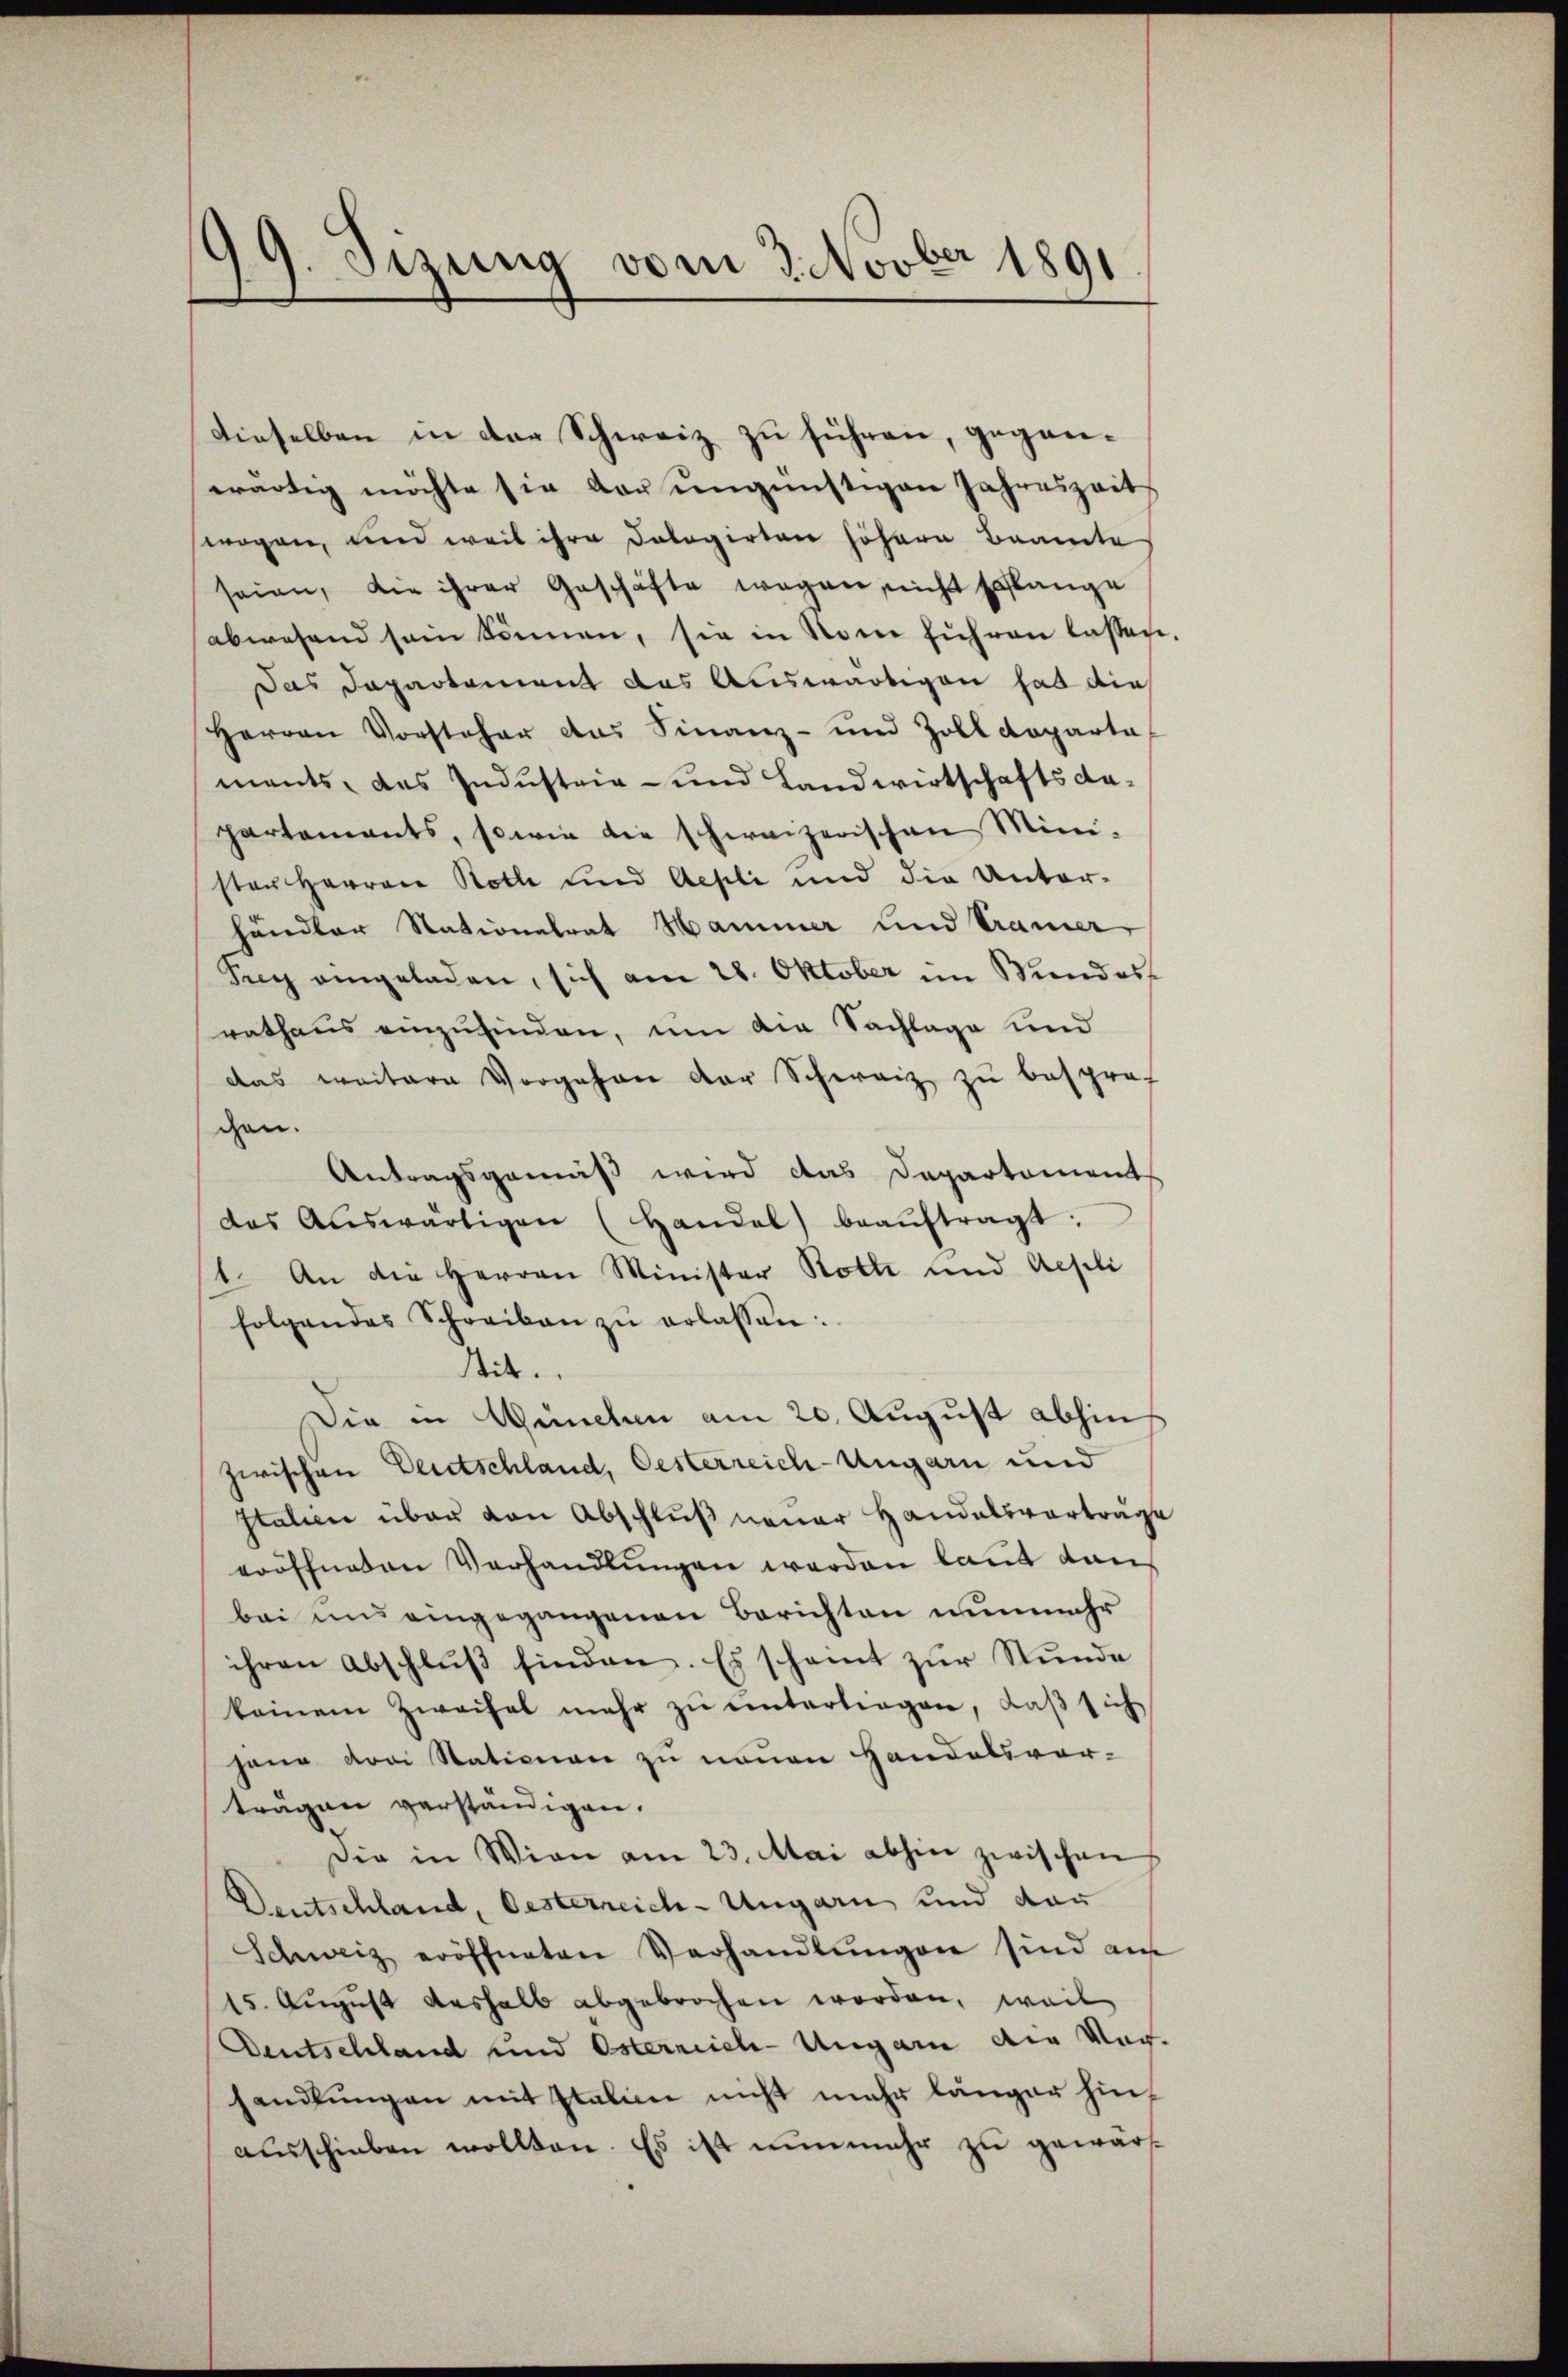
99. Sizung vom 3. Novber 1891

dieselben in der Schweiz zu führen, geganwärtig möchte sie dar ungünstigen Jahreszeit
wagen, und weil ihre dologirten höhern Beamte
seien, die ihrer Geschäfte wegen nicht solange
abwesend sein können, sie in von führen lassen
Das Departement das Auswärtigen hat die
Herren Vorsteher das Finanz- und Zoll coparta
ments, das Industria- und Landwirtschafts dapartements, sowie die schweizerischen Mini-
ster Herren Rothe und Aepli und die Unter-
händler Nationalrat Hammer und Tramer
Seg angeladen, sich am 28. Oktober im Wundes
rathaus einzufinden, um die Sachlage und
das weitere Vorgehen der Schweiz zu besproc
gen.
Antragsgemäß wird das Departement
das Aŭswärtigen (Handel beaŭftragt:
1. An die Herren Minister Rotte und Aesli
folgendes Schreiben zŭ erlassen:
Mit.
Die in München am 20. August abhin
zwischen Deutschland, Oesterreich-Ungarn und
Italien über von Abschluß neuer Handelsvortrag
eröffneten Verhandlŭngen worden laut dan
bei und eingegangenen Berichten nunmehr
ihren Abschlŭβ finden. Es schamt zŭr Stŭnde
keinem Zweifel mehr zŭ ŭntertragen, daβ sich
hang von Stationen zu neuen Handelsvor-
trägen verständigen.
Die in Wien am 23. Mai abhin zwischen
Deutschland, Oesterreich-Ungarn und das
Schweiz eröffneten Verhandlŭngen sind auf
15. August deshalb abgebrochen worden, weil
Deutschland und Osterreich-Ungarn der Vor
handlungen mit Italien nicht mehr länger hinausschieben wollten. Es ist nunmehr zu gewärt